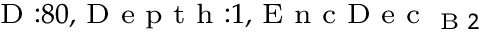
_ { \textrm { D } : 8 0 , \textrm { D e p t h } : 1 , \textrm { E n c D e c } _ { \textrm { B } 2 } }